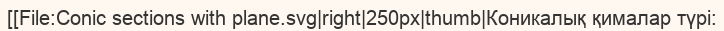
[[File:Conic sections with plane.svg|right|250px|thumb|Коникалық қималар түрі: